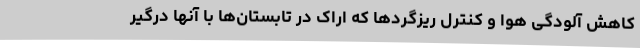
کاهش آلودگی هوا و کنترل ریزگردها که اراک در تابستان‌ها با آنها درگیر